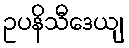
ဥပနိသီဒေယျ